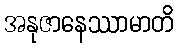
အနုဇာနေဿာမာတိ